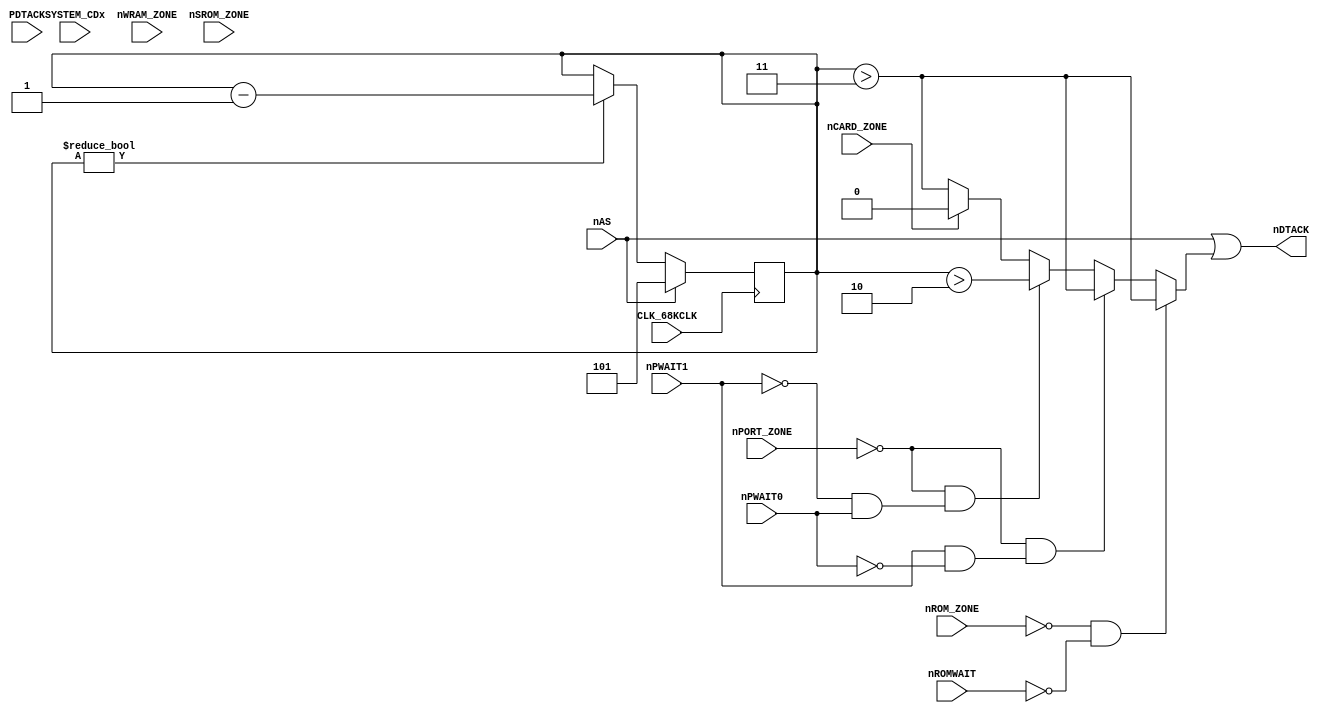
module c1_wait(
	input CLK_68KCLK, nAS,
	input SYSTEM_CDx,
	input nROM_ZONE, nWRAM_ZONE, nPORT_ZONE, nCARD_ZONE, nSROM_ZONE,
	input nROMWAIT, nPWAIT0, nPWAIT1, PDTACK,
	output nDTACK
);

	reg [2:0] WAIT_CNT;
	
	//assign nPDTACK = ~(nPORT_ZONE | PDTACK);		// Really a NOR ? May stall CPU if PDTACK = GND
	
	assign nDTACK = nAS | WAIT_MUX;
	
	// When nROMWAIT == 1, nDTACK = nAS for nROM_ZONE (no wait)
	wire WAIT_MUX = (!nROM_ZONE & !nROMWAIT) ? (WAIT_CNT > 3) :
			// Fix by paulb-nl -09/01/2023
			(!nPORT_ZONE & ( nPWAIT1 & !nPWAIT0)) ? (WAIT_CNT > 3) :
			(!nPORT_ZONE & (!nPWAIT1 &  nPWAIT0)) ? (WAIT_CNT > 2) :
			(!nCARD_ZONE) ? (WAIT_CNT > 3) :		// Maybe 2 but not important here, used JEIDA compliance
			1'b0;
	
	always @(posedge CLK_68KCLK)
	begin
		if (!nAS)
		begin
			if (WAIT_CNT)
				WAIT_CNT <= WAIT_CNT - 1'b1;
		end
		else
		begin
			WAIT_CNT <= 5;
		end
	end
	
endmodule